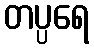
တပ္ပရေ